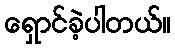
ရှောင်ခဲ့ပါတယ်။